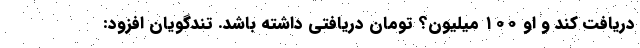
دریافت کند و او ۱۰۰ میلیون؟ تومان دریافتی داشته باشد. تندگویان افزود: